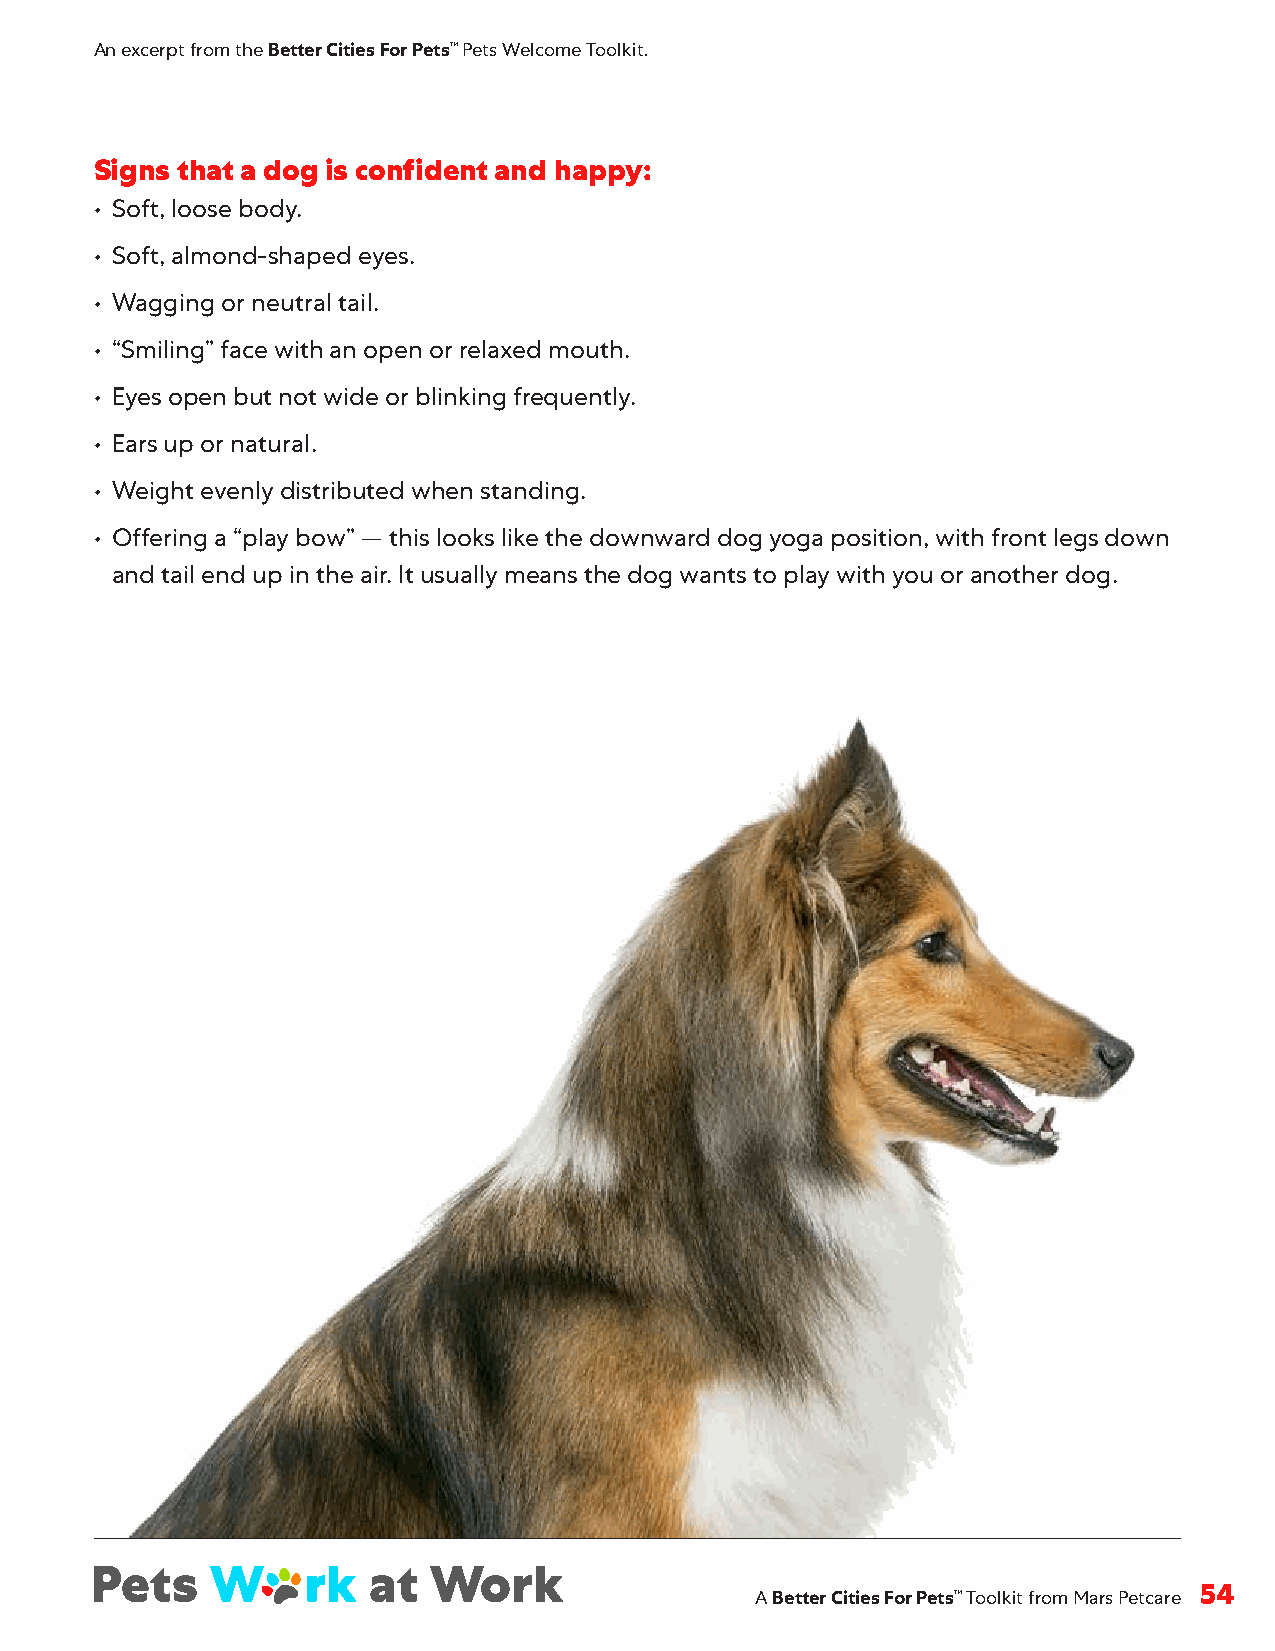
An excerpt from the Better Cities For Pets™ Pets Welcome Toolkit.
 Signs that a dog is confident and happy:
 • Soft, loose body .
 • Soft, almond-shaped eyes .
 • Wagging or neutral tail .
 • “Smiling” face with an open or relaxed mouth .
 • Eyes open but not wide or blinking frequently .
 • Ears up or natural .
 • Weight evenly distributed when standing .
 • Offering a “play bow” — this looks like the downward dog yoga position, with front legs down
 and tail end up in the air . It usually means the dog wants to play with you or another dog .
 A Better Cities For Pets™ Toolkit from Mars Petcare 54